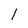
Character: l